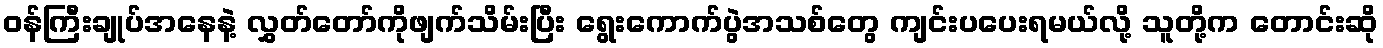
ဝန်ကြီးချုပ်အနေနဲ့ လွှတ်တော်ကိုဖျက်သိမ်းပြီး ရွေးကောက်ပွဲအသစ်တွေ ကျင်းပပေးရမယ်လို့ သူတို့က တောင်းဆို